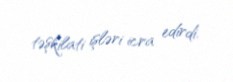
təşkilati işləri icra edirdi.